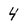
Character: 4